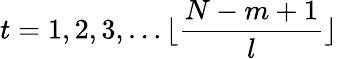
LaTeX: t=1,2,3,\dots\lfloor\frac{N-m+1}{l}\rfloor